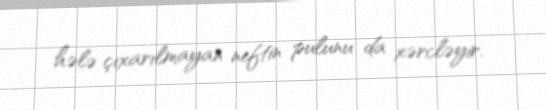
hələ çıxarılmayan neftin pulunu da xərcləyir.